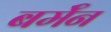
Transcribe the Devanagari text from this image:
बर्मॅन